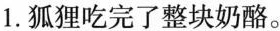
1.狐狸吃完了整块奶酪。